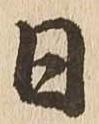
日